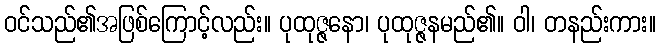
ဝင်သည်၏အဖြစ်ကြောင့်လည်း။ ပုထုဇ္ဇနော၊ ပုထုဇ္ဇနမည်၏။ ဝါ၊ တနည်းကား။